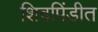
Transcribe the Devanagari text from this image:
शिवपिंडीत